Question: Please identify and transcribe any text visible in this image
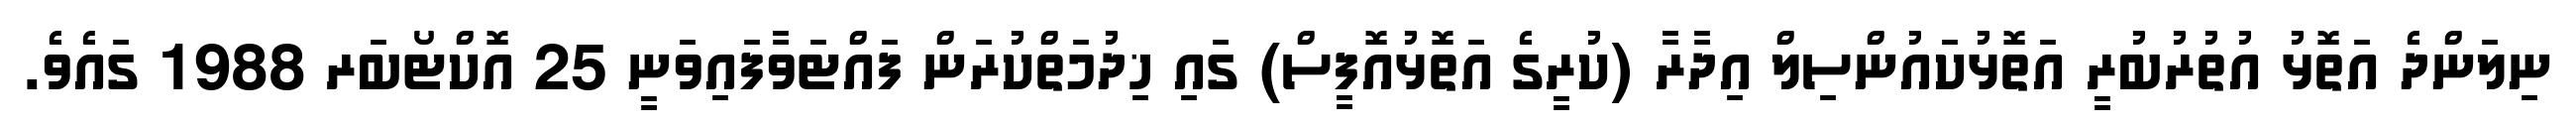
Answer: ނިލަންދެ އަތޮޅު އުތުރުބުރީ އަތޮޅުކައުންސިލް އިދާރާ (ކުރީގެ އަތޮޅުއޮފީސް) ގައި ޚިދުމަތްކުރަން ފައްޓަވާފައިވަނީ 25 އޮކްޓޯބަރ 1988 ގައެވެ.